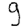
Digit: 9